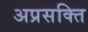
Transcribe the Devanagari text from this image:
अप्रसक्ति